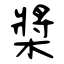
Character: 槳